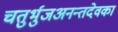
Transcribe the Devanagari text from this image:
चतुर्भुजअनन्तदेवका